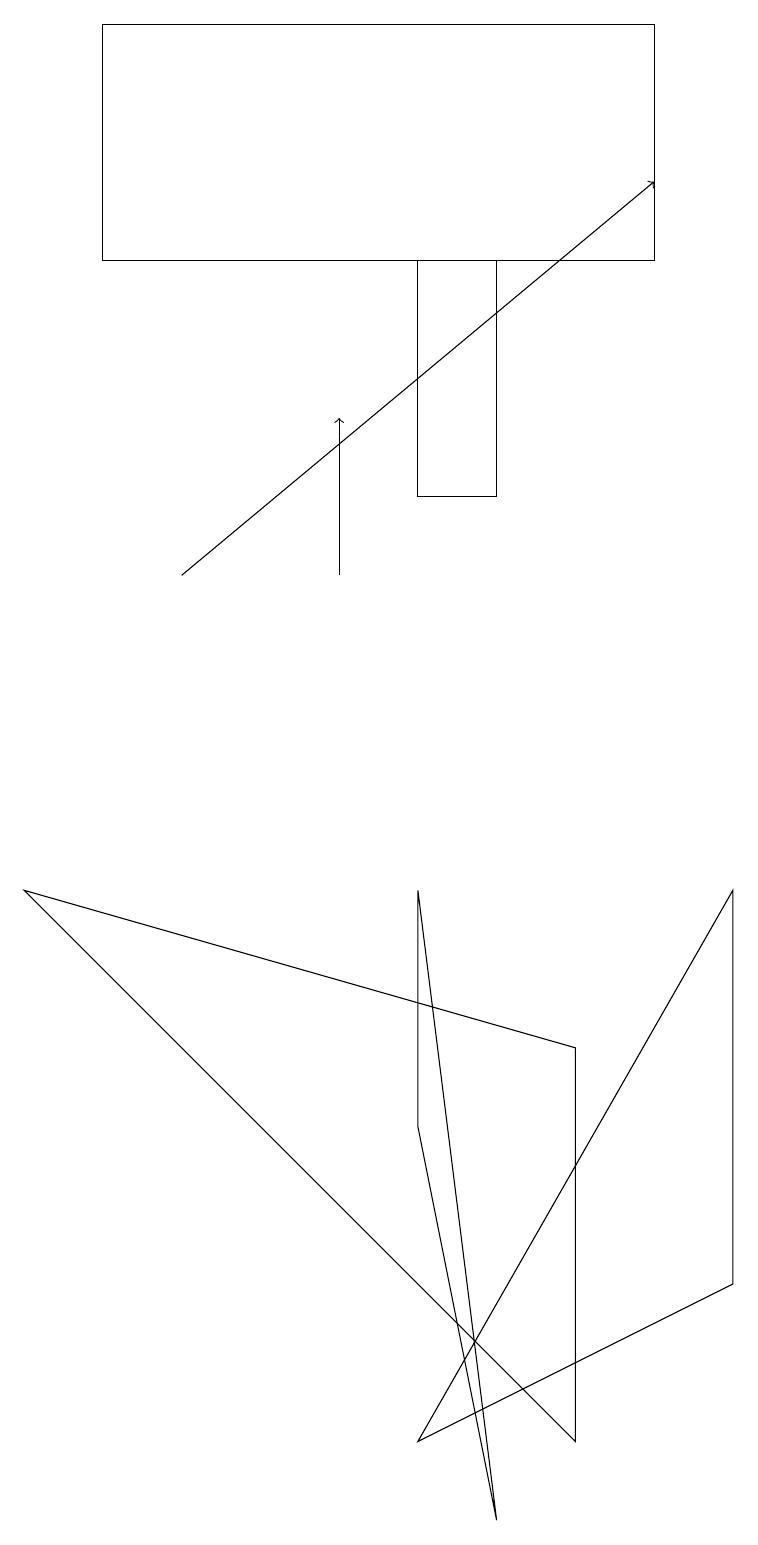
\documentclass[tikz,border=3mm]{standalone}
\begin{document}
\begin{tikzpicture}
\draw (5,13) rectangle (6,16);
\draw[->] (4,12) -- (4,14);
\draw (9,3) -- (5,1) -- (9,8) -- cycle;
\draw[->] (2,12) -- (8,17);
\draw (7,1) -- (7,6) -- (0,8) -- cycle;
\draw (5,8) -- (6,0) -- (5,5) -- cycle;
\draw (1,19) rectangle (8,16);
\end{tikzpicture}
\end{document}